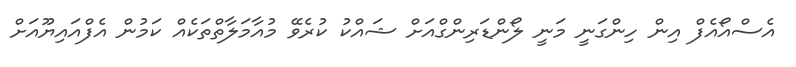
އެސްއޯއެފް އިން ހިންގަނީ މަނީ ލޯންޑަރިންގްއަށް ޝައްކު ކުރެވޭ މުއާމަލާތްތަކެއް ކަމުން އެފްއައިޔޫއަށް